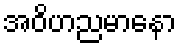
အဝိဟညမာနော